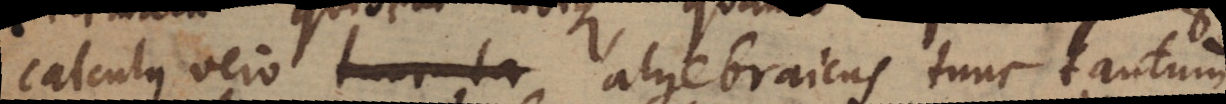
calculus vero _ algebraicus tunc tantum